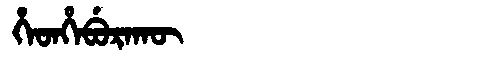
Manchu: ᡥᡝᡨᡥᡝᠪᡠᡵᠠᡴᡡ
Romanization: HETHEBURAKŪ